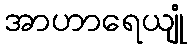
အာဟာရေယျုံ